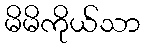
မိမိကိုယ်သာ